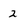
Character: 2